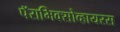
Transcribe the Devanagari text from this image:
पॅरामिक्सोव्हायरस